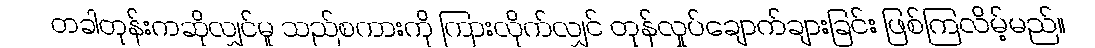
တခါတုန်းကဆိုလျှင်မူ သည်စကားကို ကြားလိုက်လျှင် တုန်လှုပ်ချောက်ချားခြင်း ဖြစ်ကြလိမ့်မည်။